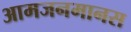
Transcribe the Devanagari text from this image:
आमजनमानस